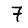
Digit: 7